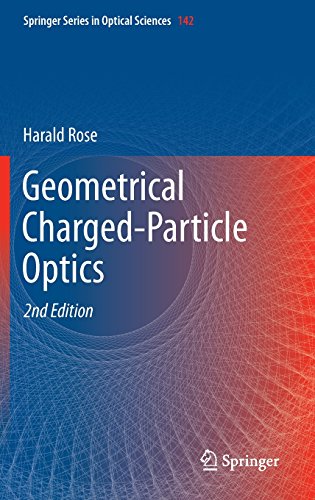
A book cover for Geometrical Charged-Particle Optics (Springer Series in Optical Sciences); Harald Rose; Engineering & Transportation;